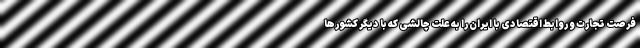
فرصت تجارت و روابط اقتصادی با ایران را به علت چالشی که با دیگر کشورها